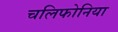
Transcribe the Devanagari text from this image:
चलिफोनिया